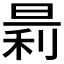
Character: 𪰬